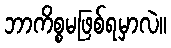
ဘာကိစ္စမဖြစ်ရမှာလဲ။